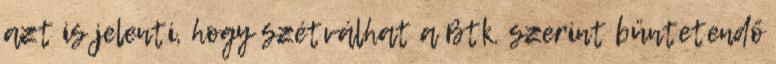
azt is jelenti, hogy szétválhat a Btk. szerint büntetendő